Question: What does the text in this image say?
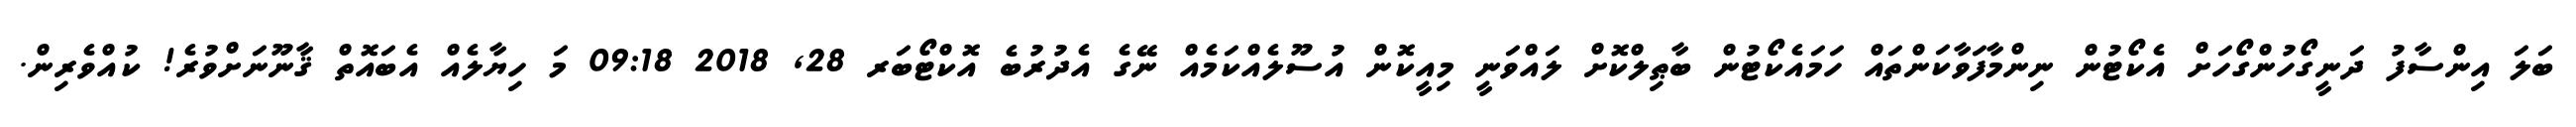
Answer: ބަލަ އިންސާފު ދަނީގޯހުންގޯހަށް އެކޯޓުން ނިންމާފަވާކަންތައް ހަމައެކޯޓުން ބާޠިލްކޮށް ލައްވަނީ މިއީކޮން އުސޫލެއްކަމެއް ނޭގެ އެދުރުބެ އޮކްޓޯބަރ 28, 2018 09:18 މަ ހިޔާލެއް އެބައޮތް ޤާނޫނަށްވުރެ! ކުއްވެރިން.